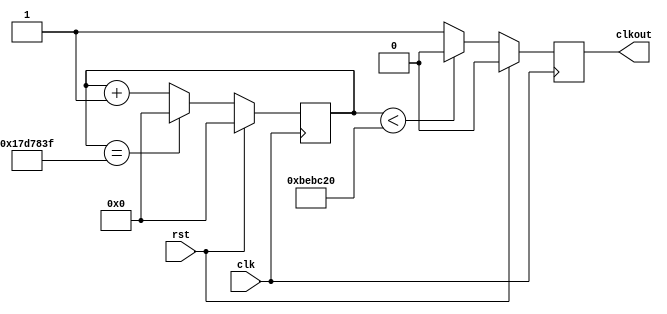
module Fellow(clk, rst, clkout) ;
	parameter N = 25000000;
	input 	clk, rst;
	output	clkout;

	reg [63:0]cnt;
	reg clkout;
	//
	always @(posedge clk) begin
		if(rst == 1)
			cnt <= 0;
		else if (cnt == (N-1))
			cnt <= 0;
		else 
			cnt <= cnt+1;
	end
	//
	always @(posedge clk) begin
		if(rst == 1)
			clkout <= 0;
		else if (cnt < (N/2))
			clkout <= 0;
		else
			clkout <= 1;
	end
endmodule